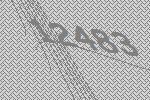
12483